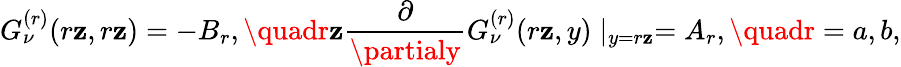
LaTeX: G_{\nu}^{(r)}(r\mathbf{z},r\mathbf{z})=-B_{r},\quadr\mathbf{z}\frac{{\partial}}{{\partialy}}G_{\nu}^{(r)}(r\mathbf{z},y)\mid_{y=r\mathbf{z}}=A_{r},\quadr=a,b,